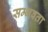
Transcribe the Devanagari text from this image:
सम्भवता